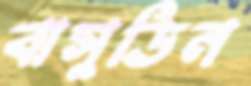
বাসুডিন